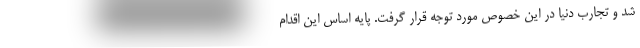
شد و تجارب دنیا در این خصوص مورد توجه قرار گرفت. پایه اساس این اقدام